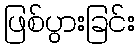
ဖြစ်ပွားခြင်း